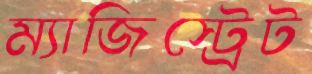
ম্যাজিস্ট্রেট